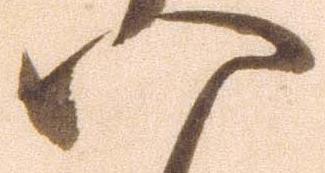
八